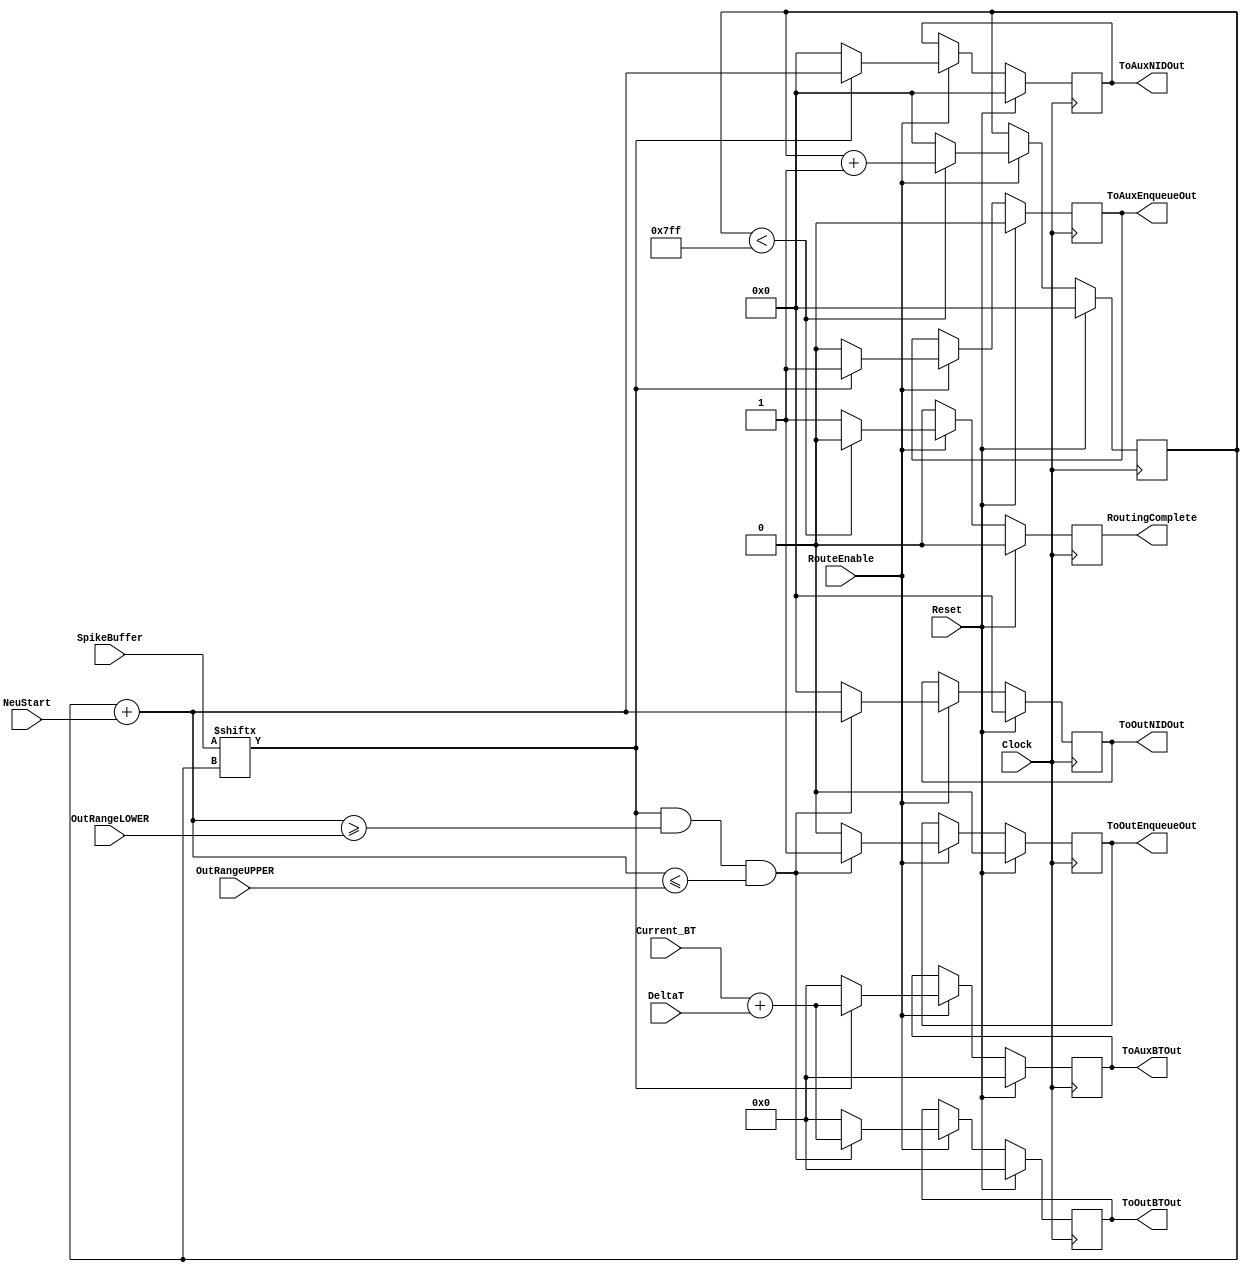
/*
-----------------------------------------------------
| Created on: 12.20.2018		            						
| Author: Saunak Saha				    
|                                                  
| Department of Electrical and Computer Engineering 
| Iowa State University                             
-----------------------------------------------------
*/



`timescale 1ns/1ns
module InternalRouter
#(
	parameter NEURON_WIDTH_LOGICAL = 11,
	parameter NEURON_WIDTH = NEURON_WIDTH_LOGICAL, 
	parameter BT_WIDTH = 36, 
	parameter DELTAT_WIDTH = 4
)	
(
	//Control Inputs
	input wire Clock,
	input wire Reset,
	input wire RouteEnable,
	input wire [(BT_WIDTH-1):0] Current_BT,

	//Network Information 
	input wire [(NEURON_WIDTH-1):0] NeuStart, 
	input wire [(NEURON_WIDTH-1):0] OutRangeLOWER,
	input wire [(NEURON_WIDTH-1):0] OutRangeUPPER,

	//Global Inputs
	input wire [(DELTAT_WIDTH-1):0] DeltaT,

	//Input from NeuronUnit
	input wire [(2**NEURON_WIDTH-1):0] SpikeBuffer,				

	//output to Auxiliary Queue and maybe Output Queue
	output reg [(BT_WIDTH-1):0] ToAuxBTOut,
	output reg [(NEURON_WIDTH-1):0] ToAuxNIDOut,
	output reg [(BT_WIDTH-1):0] ToOutBTOut,
	output reg [(NEURON_WIDTH-1):0] ToOutNIDOut,

	//Control Outputs
	output reg ToAuxEnqueueOut,
	output reg ToOutEnqueueOut,
	output reg RoutingComplete

);


	wire [BT_WIDTH-1:0] DeltaT_Extended;
	reg [(NEURON_WIDTH-1):0] Current_NID;
	reg Spike;

	assign DeltaT_Extended = {{BT_WIDTH-DELTAT_WIDTH{1'b0}},DeltaT};	//pad integer bits
	
	always @ (posedge Clock) begin 
	
		if (Reset) begin 
			
			Current_NID = 0;
			Spike = 0;
			ToAuxEnqueueOut = 0;
			ToOutEnqueueOut = 0;
			RoutingComplete = 0;
			ToAuxBTOut = 0;
			ToAuxNIDOut = 0;
			ToOutBTOut = 0;
			ToOutNIDOut = 0;

		end

		else if (RouteEnable) begin 

			Spike = SpikeBuffer[Current_NID];

			ToAuxEnqueueOut = (Spike)? 1 : 0;
			ToAuxBTOut = (Spike)? Current_BT + DeltaT_Extended : 0;
			ToAuxNIDOut = (Spike)? Current_NID + NeuStart : 0;

			ToOutEnqueueOut = (Spike && (Current_NID+NeuStart >= OutRangeLOWER) && (Current_NID+NeuStart <= OutRangeUPPER)) ? 1 : 0;

			ToOutBTOut = (Spike && (Current_NID+NeuStart >= OutRangeLOWER) && (Current_NID+NeuStart <= OutRangeUPPER)) ? Current_BT + DeltaT_Extended : 0;
			ToOutNIDOut = (Spike && (Current_NID+NeuStart >= OutRangeLOWER) && (Current_NID+NeuStart <= OutRangeUPPER)) ? Current_NID + NeuStart : 0;

			RoutingComplete = (Current_NID < 2**NEURON_WIDTH -1) ? 0 : 1;
			Current_NID = (Current_NID < 2**NEURON_WIDTH -1) ? Current_NID + 1 : 0;
			
		end

		else begin 

			RoutingComplete = 0;
		
		end
	end

endmodule